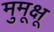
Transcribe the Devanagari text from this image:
मुमूक्षू